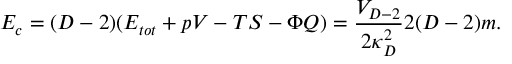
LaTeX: E _ { c } = ( D - 2 ) ( E _ { t o t } + p V - T S - \Phi Q ) = { \frac { V _ { D - 2 } } { 2 \kappa _ { D } ^ { 2 } } } 2 ( D - 2 ) m .